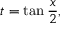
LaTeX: t = \tan { \frac { x } { 2 } } ,